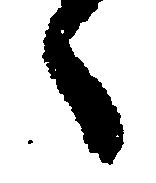
々